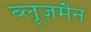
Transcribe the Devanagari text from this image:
ब्लूज़मैन